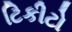
ટિકીટો